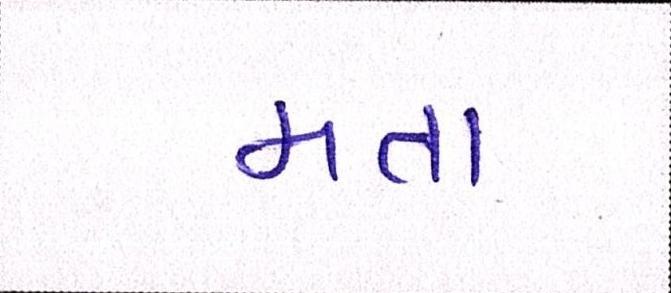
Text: મતા